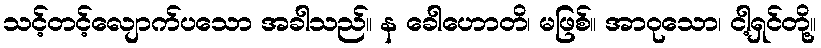
သင့်တင့်လျောက်ပသော အခါသည်။ န ခေါဟောတိ၊ မဖြစ်။ အာဝုသော၊ ငါ့ရှင်တို့။